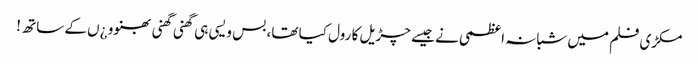
مکڑی فلم میں شبانہ اعظمی نے جیسے چڑیل کا رول کیا تھا، بس ویسی ہی گھنی گھنی بھنوو ¿ں کے ساتھ !